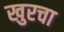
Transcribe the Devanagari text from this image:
खुरचा